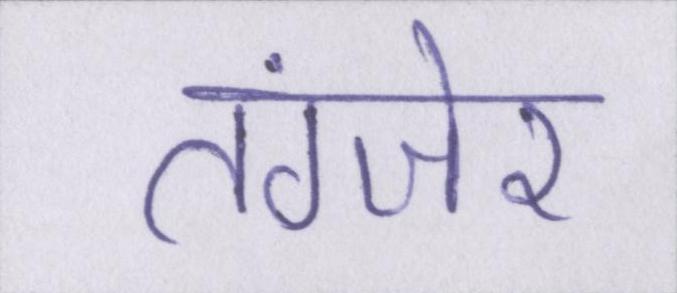
तंग्जेर